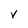
Character: v